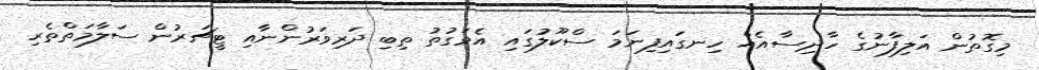
މިގޮތުން އަލިފާނުގެ ހާދިސާއެއް ހިނގައިފިނަމަ ސްކޫލުގައި އެވަގުތު ތިބި ދަރިވަރުންނާއި ޓީޗަރުން ސަލާމަތްތެރި